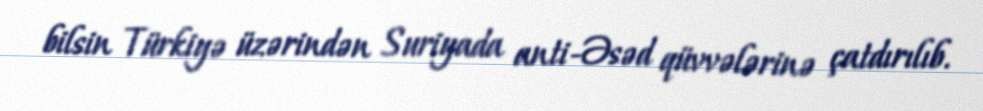
bilsin Türkiyə üzərindən Suriyada anti-Əsəd qüvvələrinə çatdırılıb.